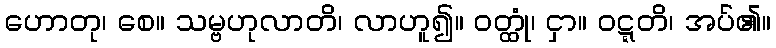
ဟောတု၊ စေ။ သမ္ဗဟုလာတိ၊ လာဟူ၍။ ဝတ္ထုံ၊ ငှာ။ ဝဋ္ဋတိ၊ အပ်၏။